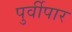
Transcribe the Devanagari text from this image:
पुर्वीपार